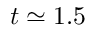
t \simeq 1 . 5